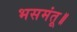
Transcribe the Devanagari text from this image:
भसमंतू॥